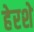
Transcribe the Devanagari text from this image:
हेरशे